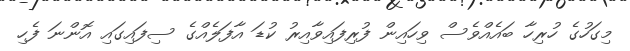
މިގަހުގެ ހުރިހާ ބައެއްވެސް ވިހައިން ފުރިފައިވާއިރު ކުޑަ އާފަލެއްގެ ސިފައިގައި އޮންނަ ފެހި